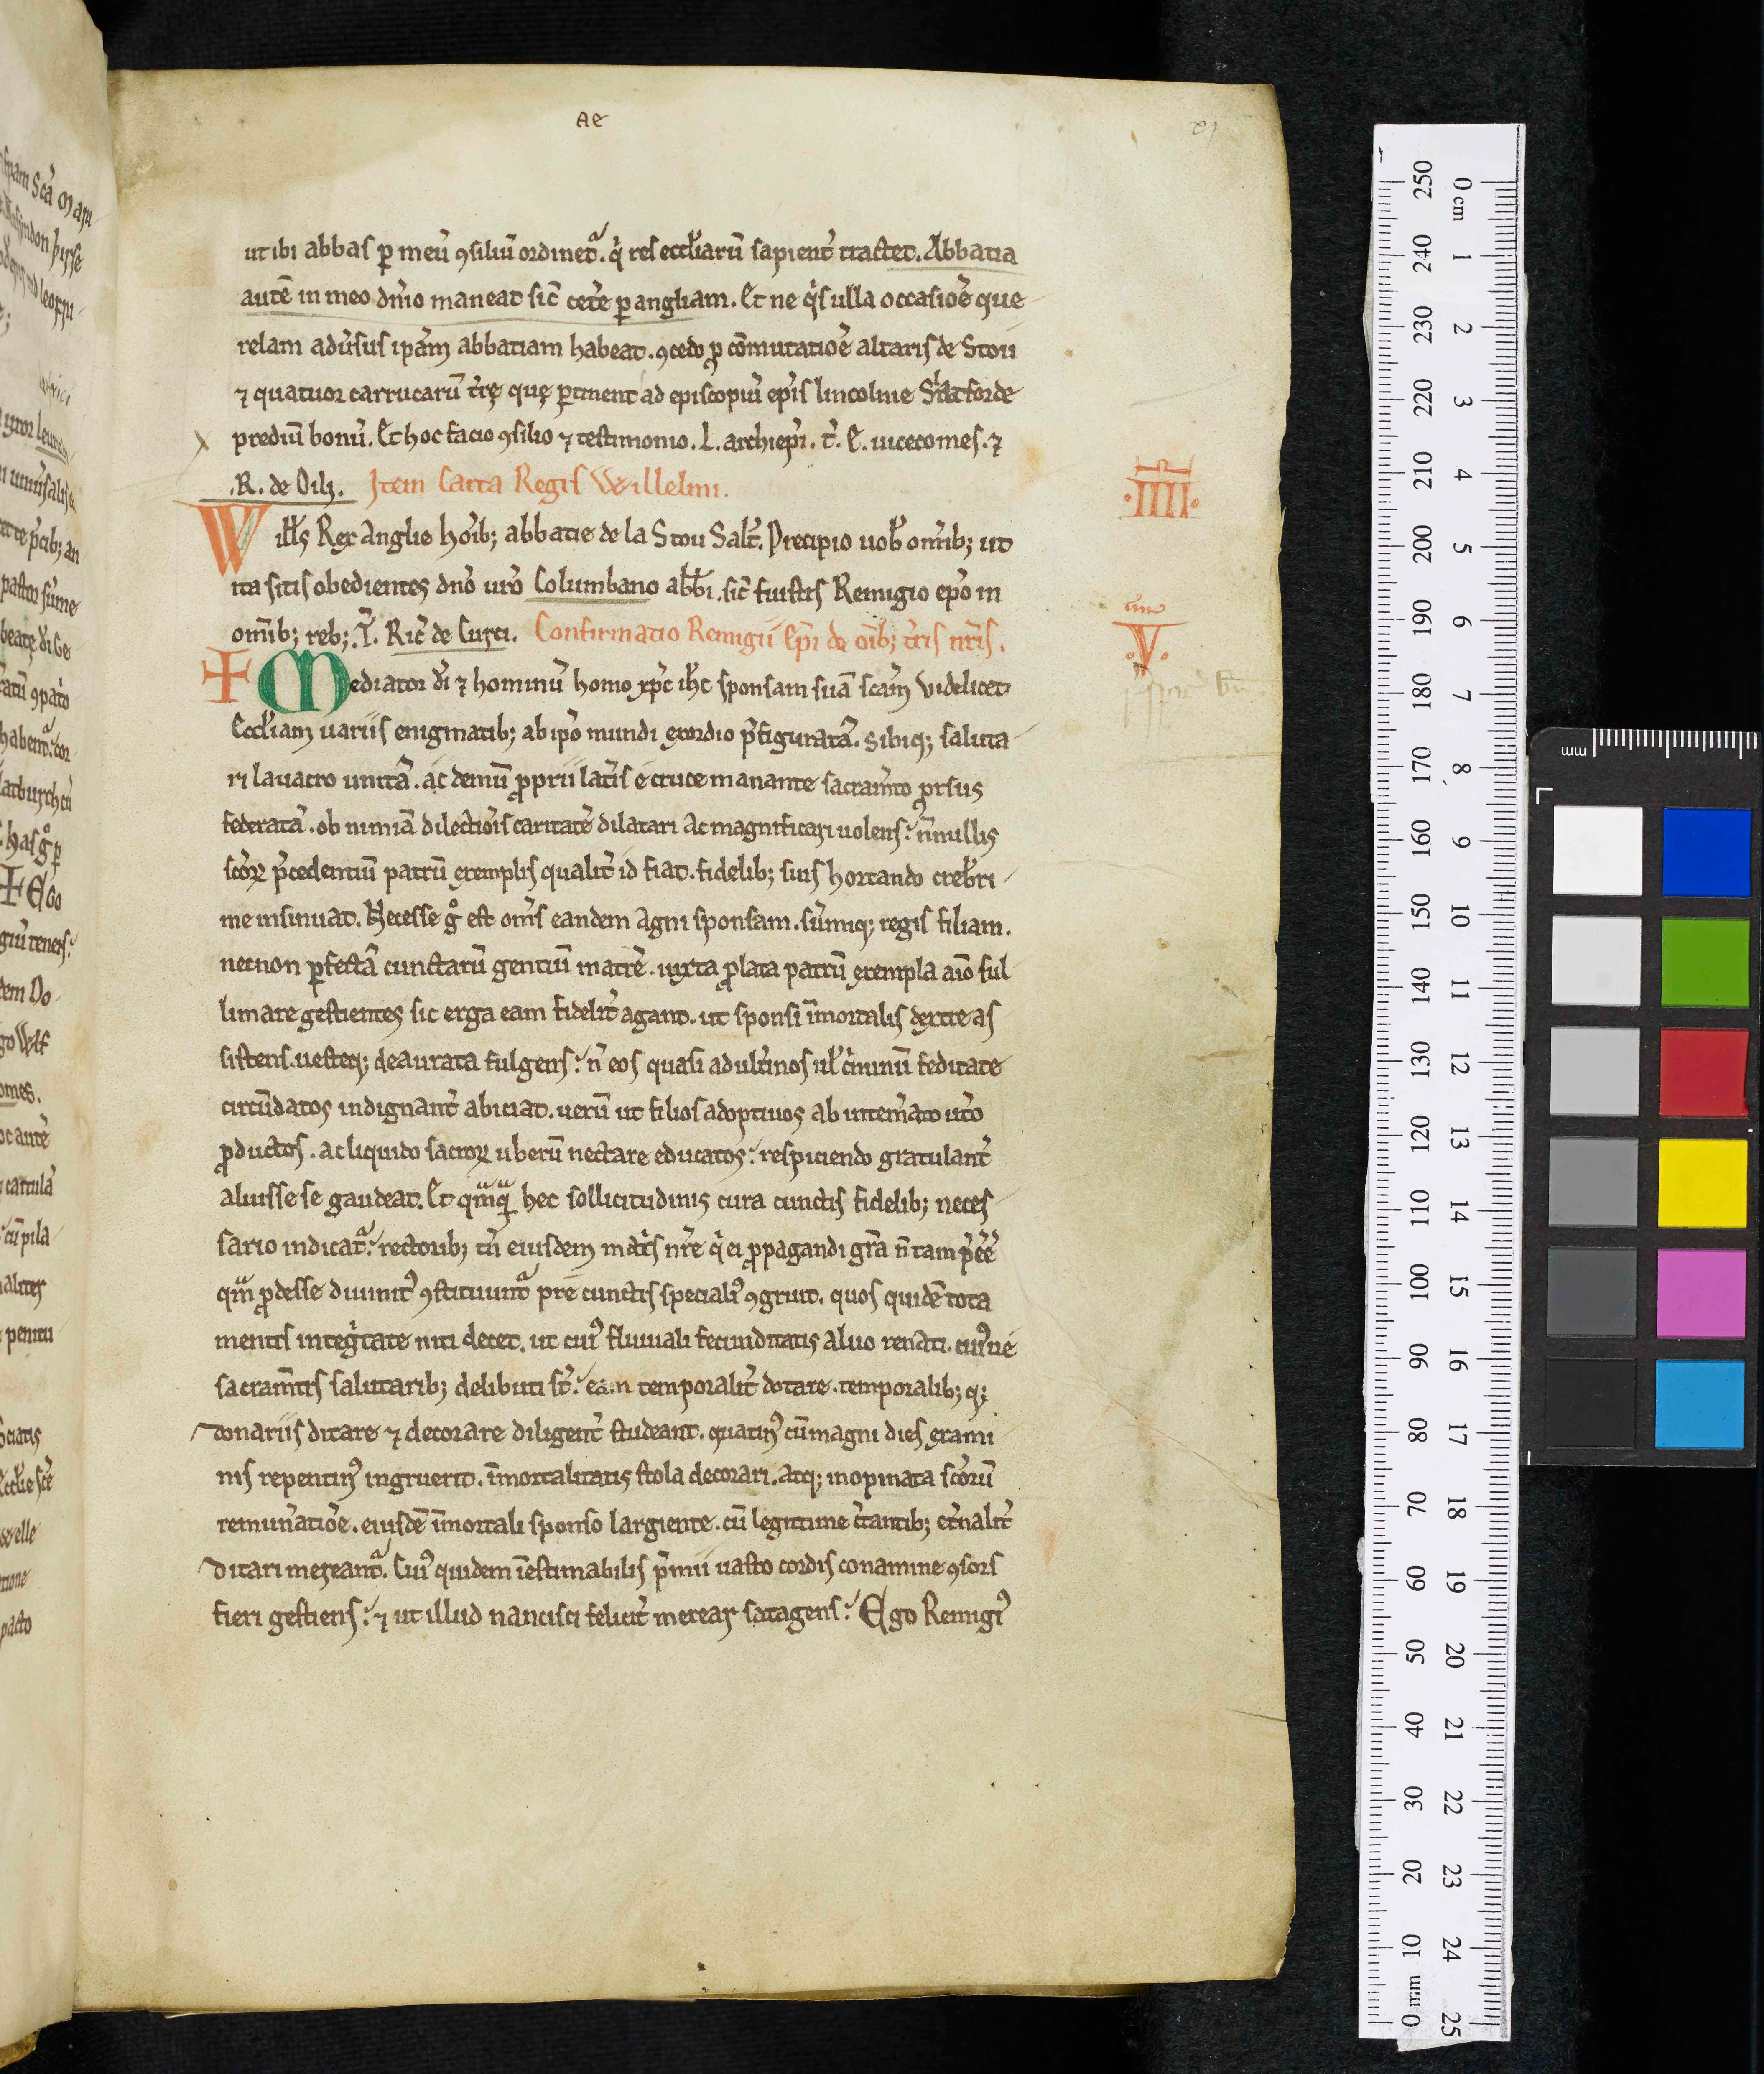
Shelfmark: Oxford, Christ Church Library, 341
Century: 12